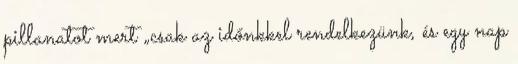
pillanatot mert „csak az időnkkel rendelkezünk, és egy nap